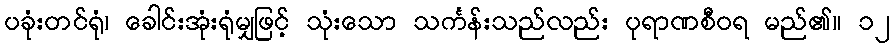
ပခုံးတင်ရုံ၊ ခေါင်းအုံးရုံမျှဖြင့် သုံးသော သင်္ကန်းသည်လည်း ပုရာဏစီဝရ မည်၏။ ၁၂